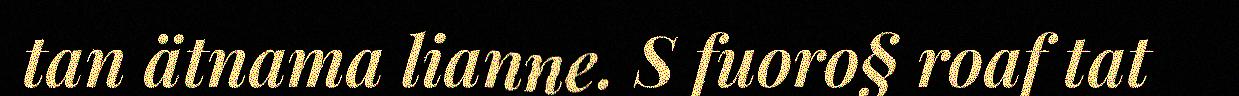
tan ätnama lianne. S fuoro§ roaf tat